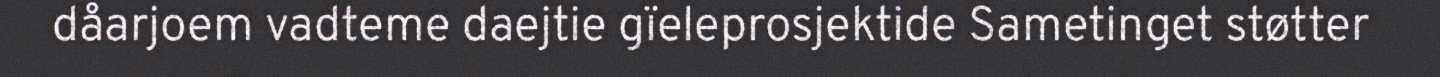
dåarjoem vadteme daejtie gïeleprosjektide Sametinget støtter